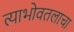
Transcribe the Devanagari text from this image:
त्याभोवतलाचा